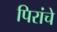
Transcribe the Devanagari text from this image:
पिरांचे